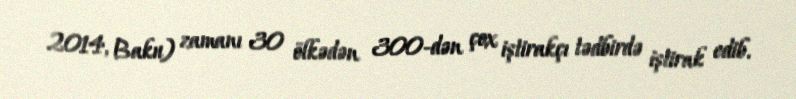
2014, Baku) zamanı 30 ölkədən 300-dən çox iştirakçı tədbirdə iştirak edib.